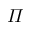
\varPi